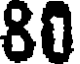
80